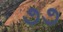
૭૭